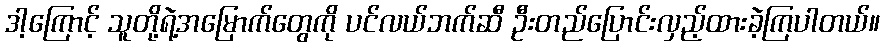
ဒါ့ကြောင့် သူတို့ရဲ့အမြောက်တွေကို ပင်လယ်ဘက်ဆီ ဦးတည်ပြောင်းလှည့်ထားခဲ့ကြပါတယ်။